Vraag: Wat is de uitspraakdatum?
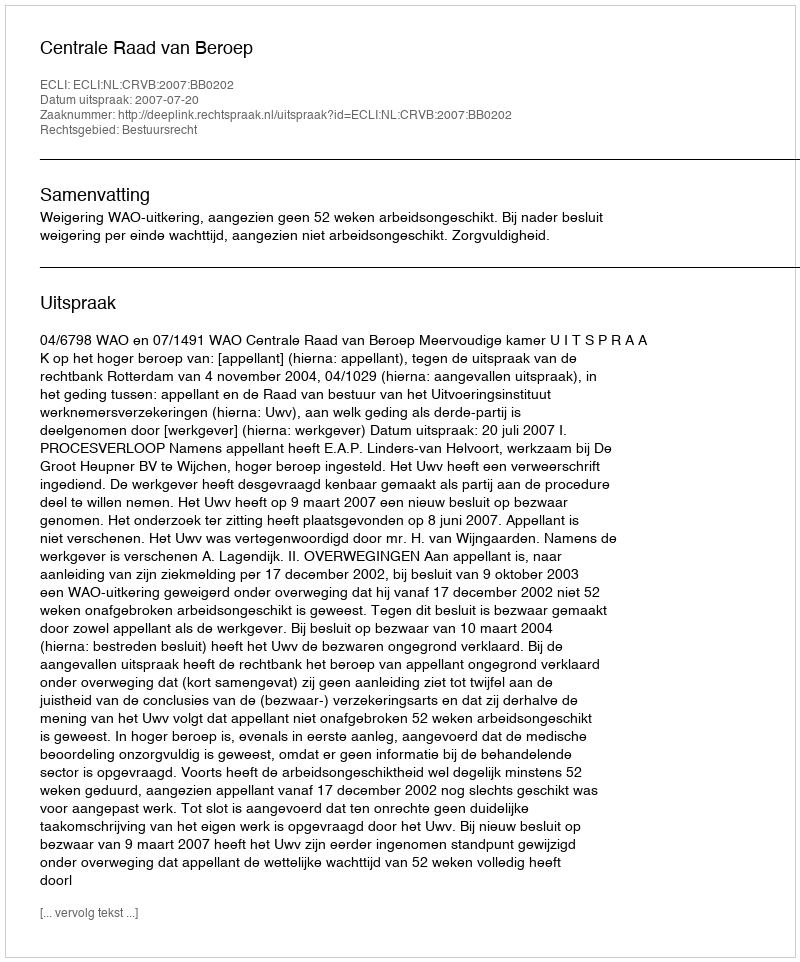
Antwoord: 2007-07-20